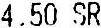
4.50 SR